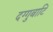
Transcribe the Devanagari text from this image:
दग्गुबाटि